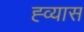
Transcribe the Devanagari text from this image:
ह्व्यास